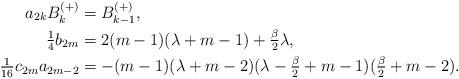
LaTeX: \begin{align*} a_{2k}B^{(+)}_k&=B^{(+)}_{k-1},\\ \tfrac 14 b_{2m}&=2(m-1)(\lambda+m-1)+\tfrac{\beta}{2}\lambda,\\ \tfrac{1}{16}c_{2m}a_{2m-2}&=-(m-1)(\lambda+m-2)(\lambda-\tfrac{\beta}{2}+m-1)(\tfrac{\beta}{2}+m-2). \end{align*}